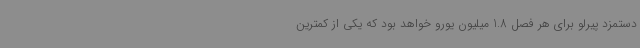
دستمزد پیرلو برای هر فصل 1.8 میلیون یورو خواهد بود که یکی از کمترین